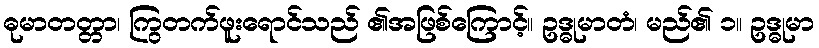
ဓုမာတတ္တာ၊ ကြွတက်ဖူးရောင်သည် ၏အဖြစ်ကြောင့်။ ဥဒ္ဓုမာတံ၊ မည်၏ ၁။ ဥဒ္ဓုမာ